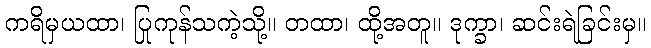
ကရိမှယထာ၊ ပြုကုန်သကဲ့သို့။ တထာ၊ ထို့အတူ။ ဒုက္ခာ၊ ဆင်းရဲခြင်းမှ။